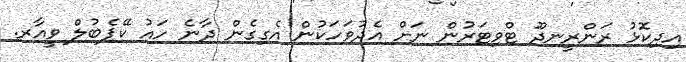
އިދިކޮޅު ރަންރީނދޫ ޓްވިޓަރުން ނަށް އެދުވަހަކުން އެގިގެން ދާނެ ހައު ކޭޕެބުލް ވީއާރ.